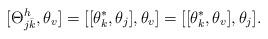
LaTeX: \begin{align*}[\Theta^h_{j\bar k}, \theta_v]=[[\theta_k^*, \theta_j], \theta_v]=[[\theta_k^*, \theta_v], \theta_j].\end{align*}